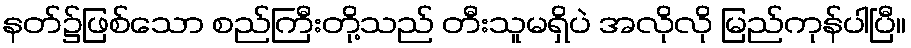
နတ်၌ဖြစ်သော စည်ကြီးတို့သည် တီးသူမရှိပဲ အလိုလို မြည်ကုန်ပါပြီ။